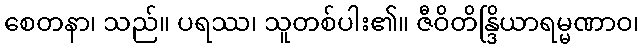
စေတနာ၊ သည်။ ပရဿ၊ သူတစ်ပါး၏။ ဇီဝိတိန္ဒြိယာရမ္မဏာဝ၊